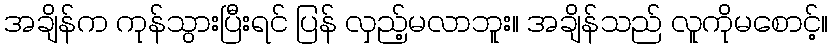
အချိန်က ကုန်သွားပြီးရင် ပြန် လှည့်မလာဘူး။ အချိန်သည် လူကိုမစောင့်။